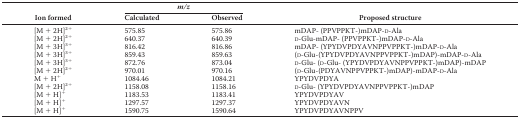
<table><thead><tr><td rowspan="2"><b>Ion formed</b></td><td colspan="2"><b><i>m/z</i></b></td><td rowspan="2"><b>Proposed structure</b></td></tr><tr><td><b>Calculated</b></td><td><b>Observed</b></td></tr></thead><tbody><tr><td>[M + 2H]<sup>2+</sup></td><td>575.85</td><td>575.86</td><td>mDAP- (PPVPPKT-)mDAP-d-Ala</td></tr><tr><td>[M + 2H]<sup>2+</sup></td><td>640.37</td><td>640.39</td><td>d-Glu-mDAP- (PPVPPKT-)mDAP-d-Ala</td></tr><tr><td>[M + 3H]<sup>3+</sup></td><td>816.42</td><td>816.86</td><td>mDAP- (YPYDVPDYAVNPPVPPKT-)mDAP-d-Ala</td></tr><tr><td>[M + 3H]<sup>3+</sup></td><td>859.43</td><td>859.63</td><td>(d-Glu-(YPYDVPDYAVNPPVPPKT-)mDAP)-mDAP-d-Ala</td></tr><tr><td>[M + 3H]<sup>3+</sup></td><td>872.76</td><td>873.04</td><td>d-Glu- (d-Glu- (YPYDVPDYAVNPPVPPKT-)mDAP)-mDAP</td></tr><tr><td>[M + 2H]<sup>2+</sup></td><td>970.01</td><td>970.16</td><td>(d-Glu-(PDYAVNPPVPPKT-)mDAP)-mDAP-d-Ala</td></tr><tr><td>M + H<sup>+</sup></td><td>1084.46</td><td>1084.21</td><td>YPYDVPDYA</td></tr><tr><td>[M + 2H]<sup>2+</sup></td><td>1158.08</td><td>1158.16</td><td>d-Glu- (YPYDVPDYAVNPPVPPKT-)mDAP</td></tr><tr><td>[M + H]<sup>+</sup></td><td>1183.53</td><td>1183.41</td><td>YPYDVPDYAV</td></tr><tr><td>[M + H]<sup>+</sup></td><td>1297.57</td><td>1297.37</td><td>YPYDVPDYAVN</td></tr><tr><td>[M + H]<sup>+</sup></td><td>1590.75</td><td>1590.64</td><td>YPYDVPDYAVNPPV</td></tr></tbody></table>